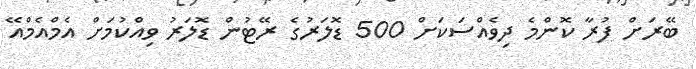
ބޭރަށް ފުރާ ކޮންމެ ދިވެއްސަކަށް 500 ޑޮލަރުގެ ރޭޓުން ޑޮލަރު ވިއްކުމަށް އެމްއެމްއޭ